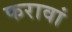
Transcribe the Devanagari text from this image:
फरावां